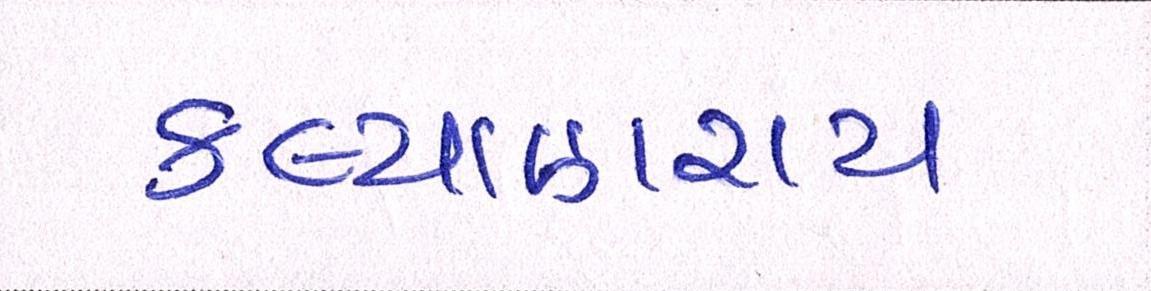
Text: કલ્યાણરાય